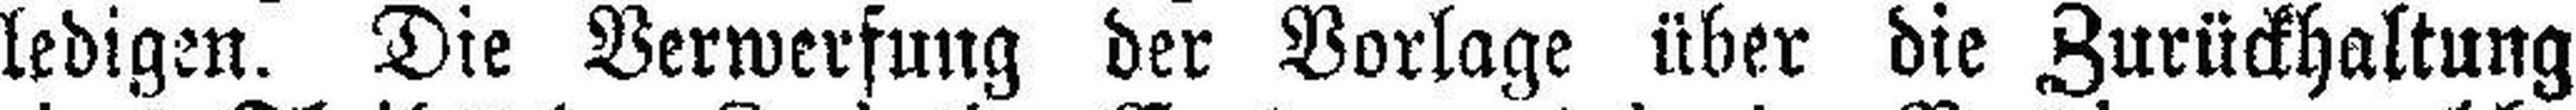
ledigen. Die Verwerfung der Vorlage über die Zurückhaltung